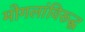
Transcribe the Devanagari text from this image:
मोगलांविरूद्ध